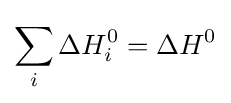
\sum _{i}^{}{\Delta H_{i}^{0}}=\Delta H^{0}